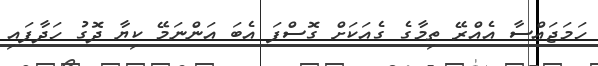
ހަމަޖައްސާ އެއްރޭ ތިމާގެ ގެއަކަށް ގޮސްފަ އެބަ އަންނަމޭ ކިޔާ ދޮގު ހަދާފައި